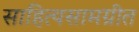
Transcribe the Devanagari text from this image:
साहित्यसामग्रीत